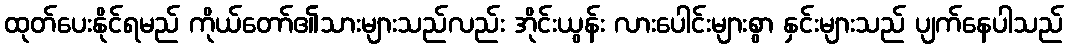
ထုတ်ပေးနိုင်ရမည် ကိုယ်တော်၏သားများသည်လည်း အိုင်းယွန်း လားပေါင်းများစွာ နှင်းများသည် ပျက်နေပါသည်